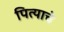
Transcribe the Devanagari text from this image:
पित्‍याचे